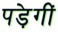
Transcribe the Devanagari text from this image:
पड़ेगीं